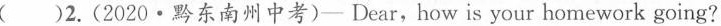
( )2.(2020·黔东南州中考)— Dear,how is your homework going?